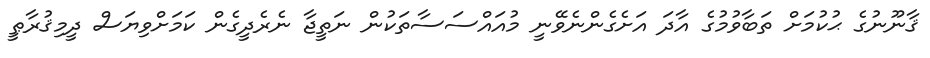
ޤާނޫނުގެ ޙުކުމަށް ތަބާވުމުގެ އާދަ އަށެގެންނެވޭނީ މުއައްސަސާތަކުން ނަތީޖާ ނެރެދީގެން ކަމަށްވިޔަސް ދީމިޤުރާޠީ